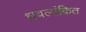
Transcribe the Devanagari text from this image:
धवलांकित